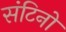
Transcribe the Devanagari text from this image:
संटिनो